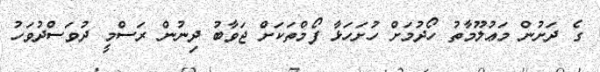
ގެ ދަށުން މަޢުލޫމާތު ހޯދުމަށް ހުށަހަޅާ ފޯމްތަކަށް ޖަވާބު ދިނުން ރަސްމީ ދުވަސްދުވަހު